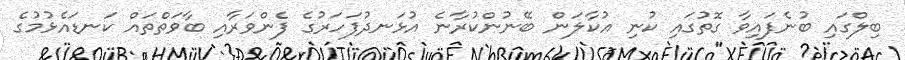
ބިލްގައި ބުނެފައިވާ ގޮތުގައި ކުނި އުކާލަން ބޭނުންކުރާނެ އުޅަނދުފަހަރުގެ ފެންވަރާއި ބާވަތްތައް ކަނޑައެޅުމުގެ